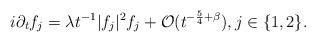
LaTeX: \begin{align*}i\partial_t f_j = \lambda t^{-1} |f_j|^2 f_j + \mathcal{O}(t^{-\frac54+\beta}),j\in\{1,2\}.\end{align*}